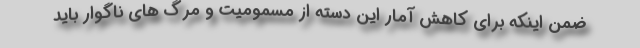
ضمن اینکه برای کاهش آمار این دسته از مسمومیت و مرگ های ناگوار باید